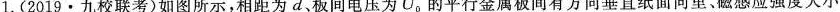
1.(2019·九校联考)如图所示，相距为d、板间电压为U_{0}的平行金属板间有方向垂直纸面向里、磁感应强度大小